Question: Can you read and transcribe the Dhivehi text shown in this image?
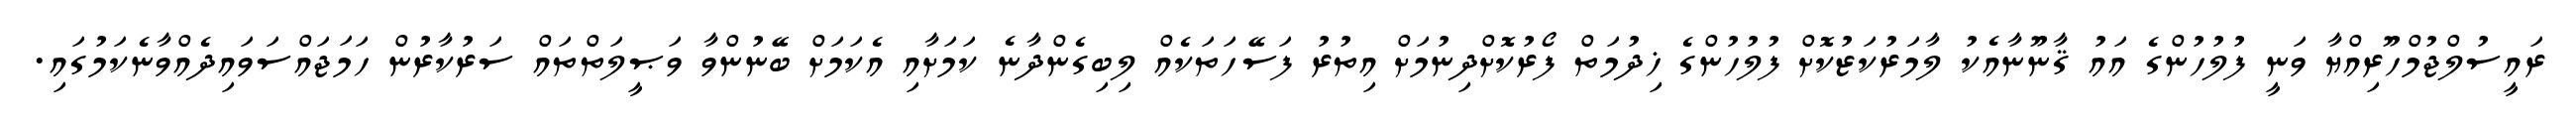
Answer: ރައީސުލްޖުމްހޫރިއްޔާ ވަނީ ފުލުހުންގެ އައު ޤާނޫނާއެކު ލާމަރުކަޒުކޮށް ފުލުހުންގެ ޚިދުމަތް ފޯރުކޮށްދިނުމަށް އިތުރު ފަސޭހަތަކެއް ލިބިގެންދާނެ ކަމަށާއި އެކަމަށް ބޭނުންވާ ވަޞީލަތްތައް ސަރުކާރުން ހަމަޖައްސަވައިދެއްވާނެކަމުގައި.